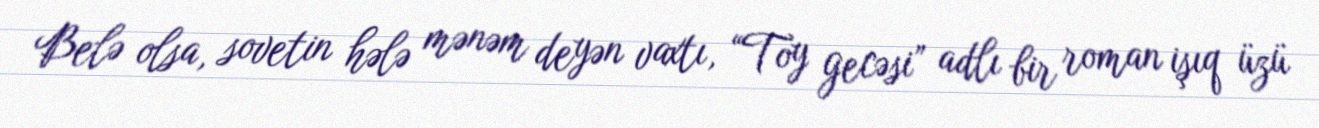
Belə olsa, sovetin hələ mənəm deyən vaxtı, “Toy gecəsi” adlı bir roman işıq üzü